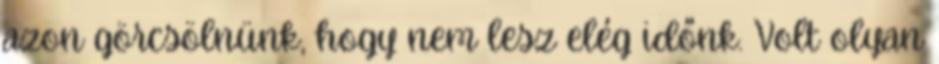
azon görcsölnünk, hogy nem lesz elég időnk. Volt olyan